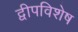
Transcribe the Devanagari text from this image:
द्वीपविशेष